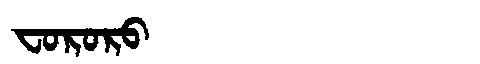
Manchu: ᠸᠣᡵᠣᡵᠣ
Romanization: FORORO